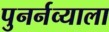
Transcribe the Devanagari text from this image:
पुनर्नव्याला